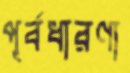
পূর্বধারণা